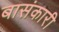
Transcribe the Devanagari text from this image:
बासंकारी